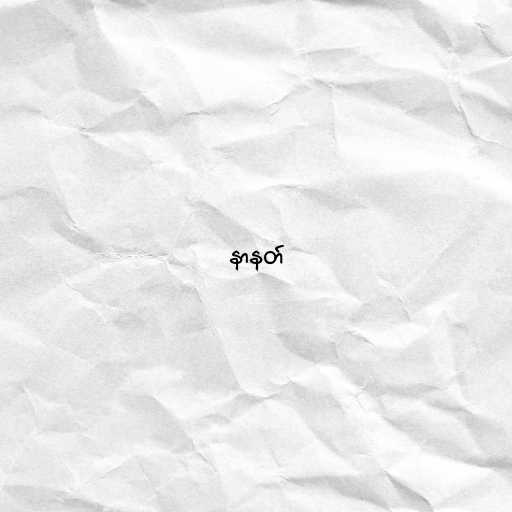
နာနတ်